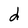
Character: d